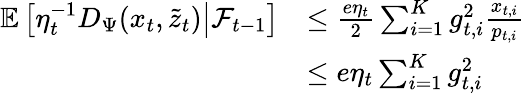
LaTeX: \begin{array}{rl}{\mathbb E\left[\left.\eta_{t}^{-1}D_{\Psi}(x_{t},\widetilde{z}_{t})\right\rvert\mathcal F_{t-1}\right]}&{\le\frac{e\eta_{t}}2\sum_{i=1}^{K}g_{t,i}^{2}\frac{x_{t,i}}{p_{t,i}}}\\ &{\le e\eta_{t}\sum_{i=1}^{K}g_{t,i}^{2}}\end{array}